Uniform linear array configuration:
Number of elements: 4
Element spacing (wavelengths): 1
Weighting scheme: binomial
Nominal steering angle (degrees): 15
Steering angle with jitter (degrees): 14.723
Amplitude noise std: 0.05
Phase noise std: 0.05

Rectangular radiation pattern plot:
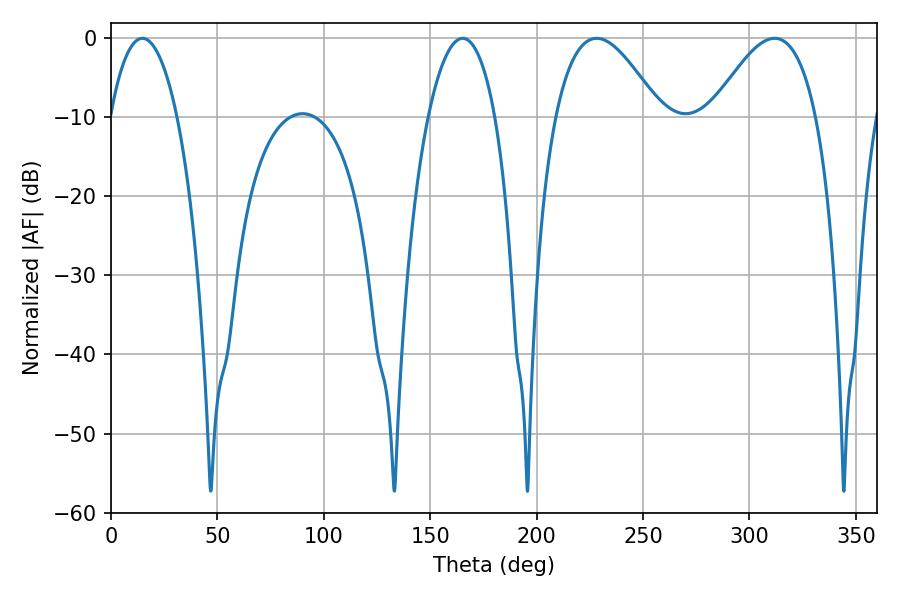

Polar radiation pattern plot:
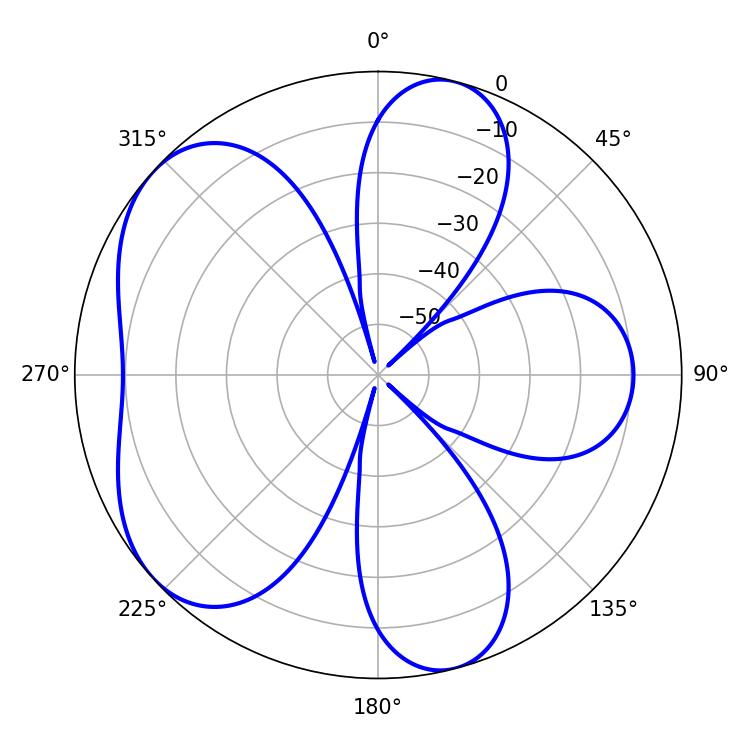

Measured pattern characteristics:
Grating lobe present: TRUE
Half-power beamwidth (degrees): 17.64
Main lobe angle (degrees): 165.24